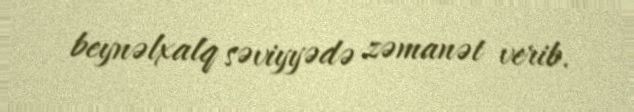
beynəlxalq səviyyədə zəmanət verib.